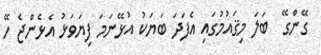
ގޭންގޭ  ބަލަ މިޤައުމުގައި އެފަދަ ބަަޔަކު އުޅޭނަމަ ފިޔަވަޅު އެޅެންޖެ ހޭ